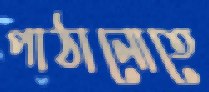
পাঠানোতে